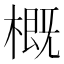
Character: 概